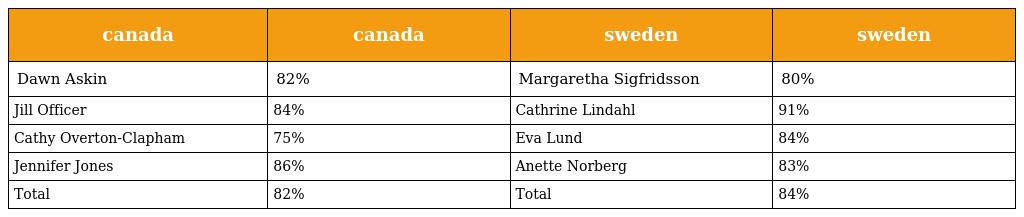
| canada | canada | sweden | sweden |
 | --- | --- | --- | --- |
 | Dawn Askin | 82% | Margaretha Sigfridsson | 80% |
 | Jill Officer | 84% | Cathrine Lindahl | 91% |
 | Cathy Overton-Clapham | 75% | Eva Lund | 84% |
 | Jennifer Jones | 86% | Anette Norberg | 83% |
 | Total | 82% | Total | 84% |